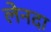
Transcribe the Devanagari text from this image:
लेनदा